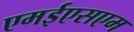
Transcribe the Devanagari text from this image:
एमईएसएम